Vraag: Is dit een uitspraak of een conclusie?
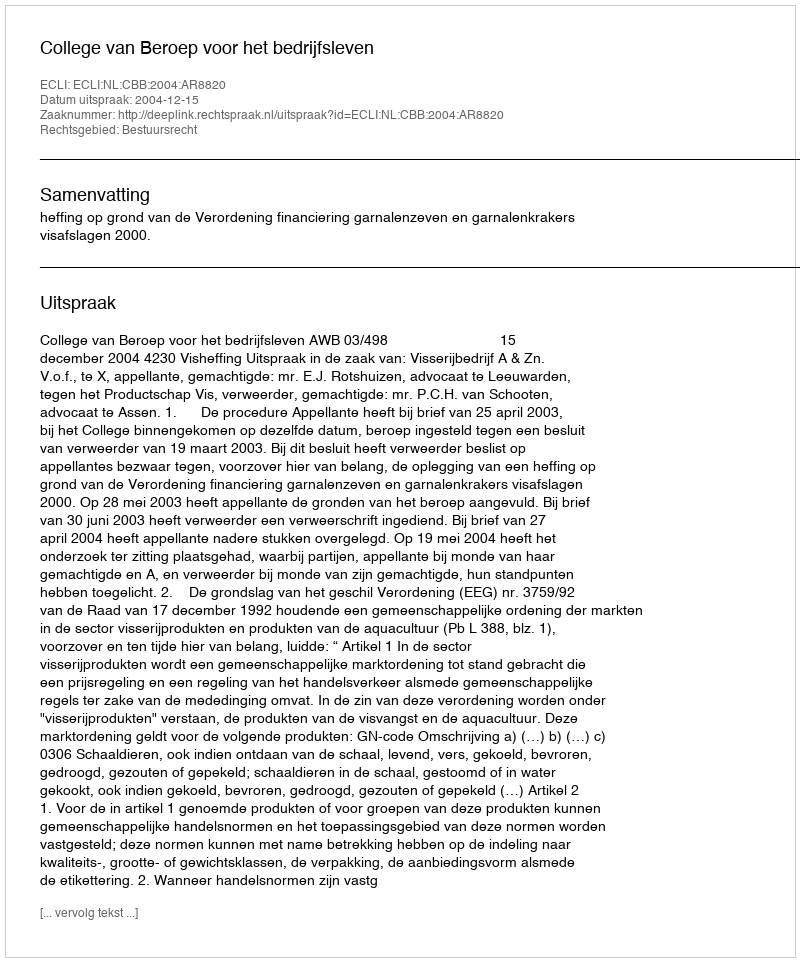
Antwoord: Uitspraak